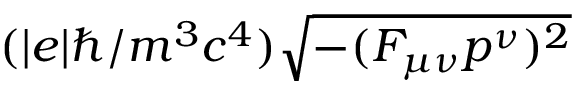
( | e | \hbar / m ^ { 3 } c ^ { 4 } ) \sqrt { - ( F _ { \mu \nu } p ^ { \nu } ) ^ { 2 } }